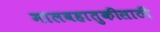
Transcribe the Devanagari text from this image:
मालवहातुकीसाठी